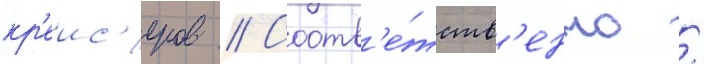
кр'еис'еров // Соотв'е́тств'енно /